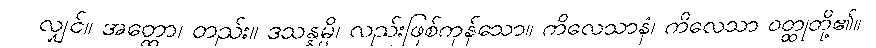
လျှင်။ အတ္ထော၊ တည်း။ ဒသန္နမ္ပိ၊ လည်းဖြစ်ကုန်သော။ ကိလေသာနံ၊ ကိလေသာ ဝတ္ထုတို့၏။